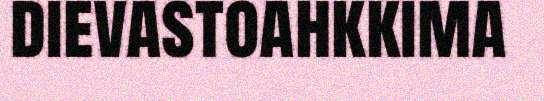
dievastoahkkima